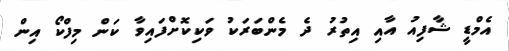
އެމްޑީ ޝާފިއު އާއި އިތުރު ދެ މެންބަރަކު ވަކިކޮށްފައިވާ ކަން މިފްކޯ އިން